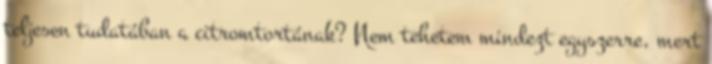
teljesen tudatában a citromtortának? Nem tehetem mindezt egyszerre, mert